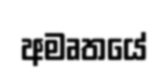
අමෘතයේ